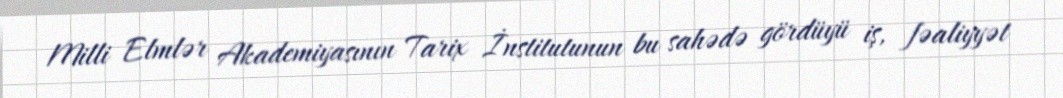
Milli Elmlər Akademiyasının Tarix İnstitutunun bu sahədə gördüyü iş, fəaliyyət